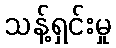
သန့်ရှင်းမှု